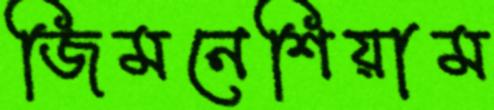
জিমনেশিয়াম